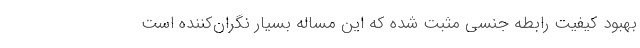
بهبود کیفیت رابطه جنسی مثبت شده که این مساله بسیار نگران‌کننده است